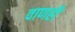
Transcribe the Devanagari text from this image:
वाणही